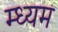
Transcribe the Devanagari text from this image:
म्ध्यम